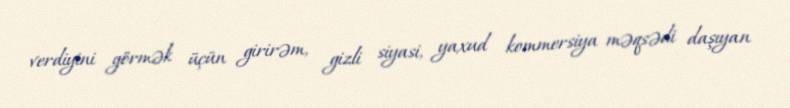
verdiyini görmək üçün girirəm, gizli siyasi, yaxud kommersiya məqsədi daşıyan